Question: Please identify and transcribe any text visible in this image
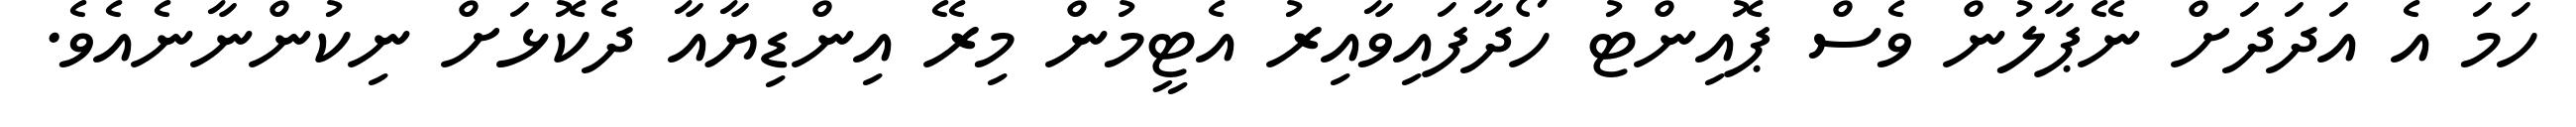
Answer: ހަމަ އެ އަދަދަށް ނޭޕާލުން ވެސް ޕޮއިންޓު ހޯދާފައިވާއިރު އެޓީމުން މިރޭ އިންޑިޔާއާ ދެކޮޅަށް ނިކުންނާނެއެވެ.